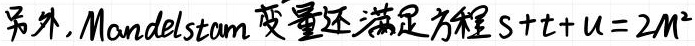
另外, Mandelstam 变量还满足方程 \(s + t + u = 2M^{2}\)